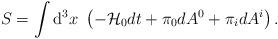
LaTeX: \begin{align*}S=\int{\rm d}^{3}x~ \left(-{\cal H}_{0}dt+\pi_{0}dA^{0}+\pi_{i}dA^{i}\right).\end{align*}